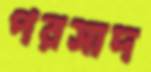
পরসাদ